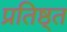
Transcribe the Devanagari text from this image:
प्रतिष्ठ्त